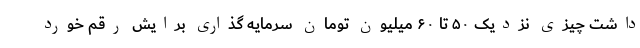
داشت چیزی نزدیک ۵۰ تا ۶۰ میلیون تومان سرمایه گذاری برایش رقم خورد